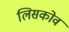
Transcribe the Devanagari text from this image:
लिसकोव